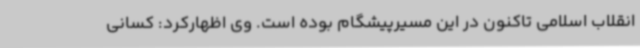
انقلاب اسلامی تاکنون در این مسیرپیشگام بوده است. وی اظهارکرد: کسانی